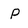
Character: P